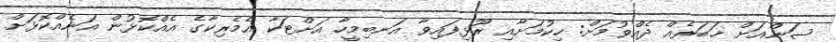
ސަންއަށް ޚަބަރެއް ދެއްވުމަށް: ހިކުމަށާއި ރޫޅިފައިވާ އަނބިމީހާ އަށްޓަކާ އެމެރިކާގެ އެއްކޮޅުން އަނެއްކޮޅަށް